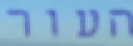
העור